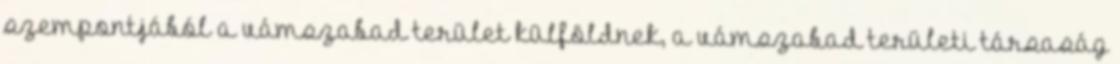
szempontjából a vámszabad terület külföldnek, a vámszabad területi társaság